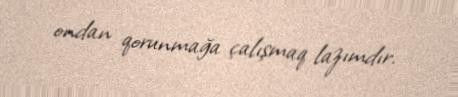
ondan qorunmağa çalışmaq lazımdır.